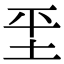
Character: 𡊞